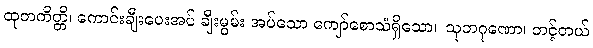
ထုတကိတ္တိ၊ ကောင်းချီးပေးအပ် ချီးမွမ်း အပ်သော ကျော်စောသံရှိသော။ သုဘဂုဏော၊ တင့်တယ်